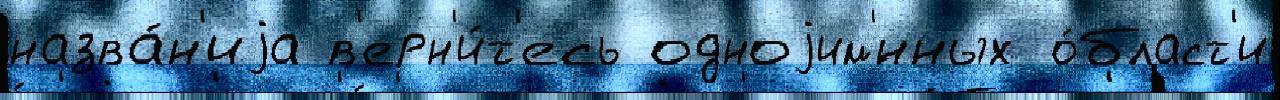
назва́н'иjа в'ерн'и́т'есь одноjим'́нных о́бласт'и